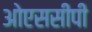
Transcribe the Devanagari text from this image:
ओएससीपी